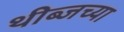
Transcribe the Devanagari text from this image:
थीब्जच्या